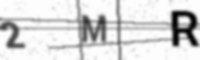
Text: 2MR